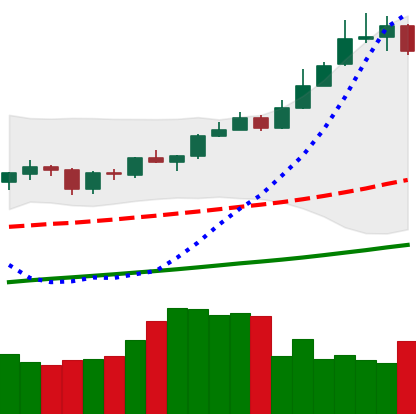
Ticker: XMR-USD
Chart end date: 2019-06-25
Forward return: -21.877%
Label: down_7plus